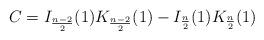
LaTeX: \begin{align*}C=I_{\frac{n-2}{2}}(1)K_{\frac{n-2}{2}}(1)-I_{\frac{n}{2}}(1)K_{\frac{n}{2}}(1)\end{align*}